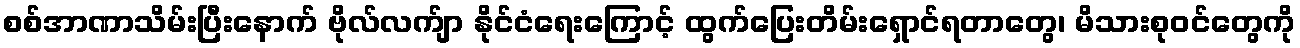
စစ်အာဏာသိမ်းပြီးနောက် ဗိုလ်လက်ျာ နိုင်ငံရေးကြောင့် ထွက်ပြေးတိမ်းရှောင်ရတာတွေ၊ မိသားစုဝင်တွေကို